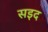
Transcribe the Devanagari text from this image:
सइद